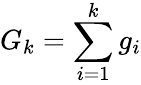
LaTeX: G_{k}=\sum_{i=1}^{k}g_{i}